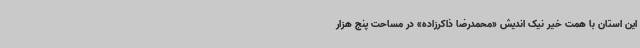
این استان با همت خیر نیک اندیش «محمدرضا ذاکرزاده» در مساحت پنج هزار